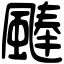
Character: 𩗴